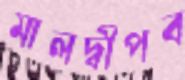
মালদ্বীপব